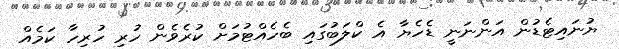
ޔުނައިޓެޑުން އަންނަނީ ޑެހެޔާ އެ ކްލަބުގައި ބެހެއްޓުމަށް ކުރެވެން ހުރި ހުރިހާ ކަމެއް